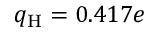
q _ { \mathrm { H } } = 0 . 4 1 7 e